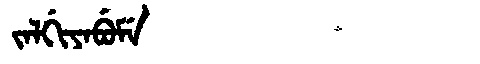
Manchu: ᠵᠠᠯᡤᡳᠶᠠᠪᡠᠮᡝ
Romanization: JALGIYABUME